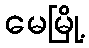
မေမြို့